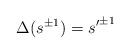
LaTeX: \begin{align*}\Delta(s^{\pm 1})={s'}^{\pm 1}\end{align*}